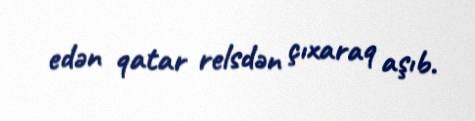
edən qatar relsdən çıxaraq aşıb.